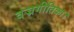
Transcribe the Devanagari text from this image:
वज्रगीतिका।